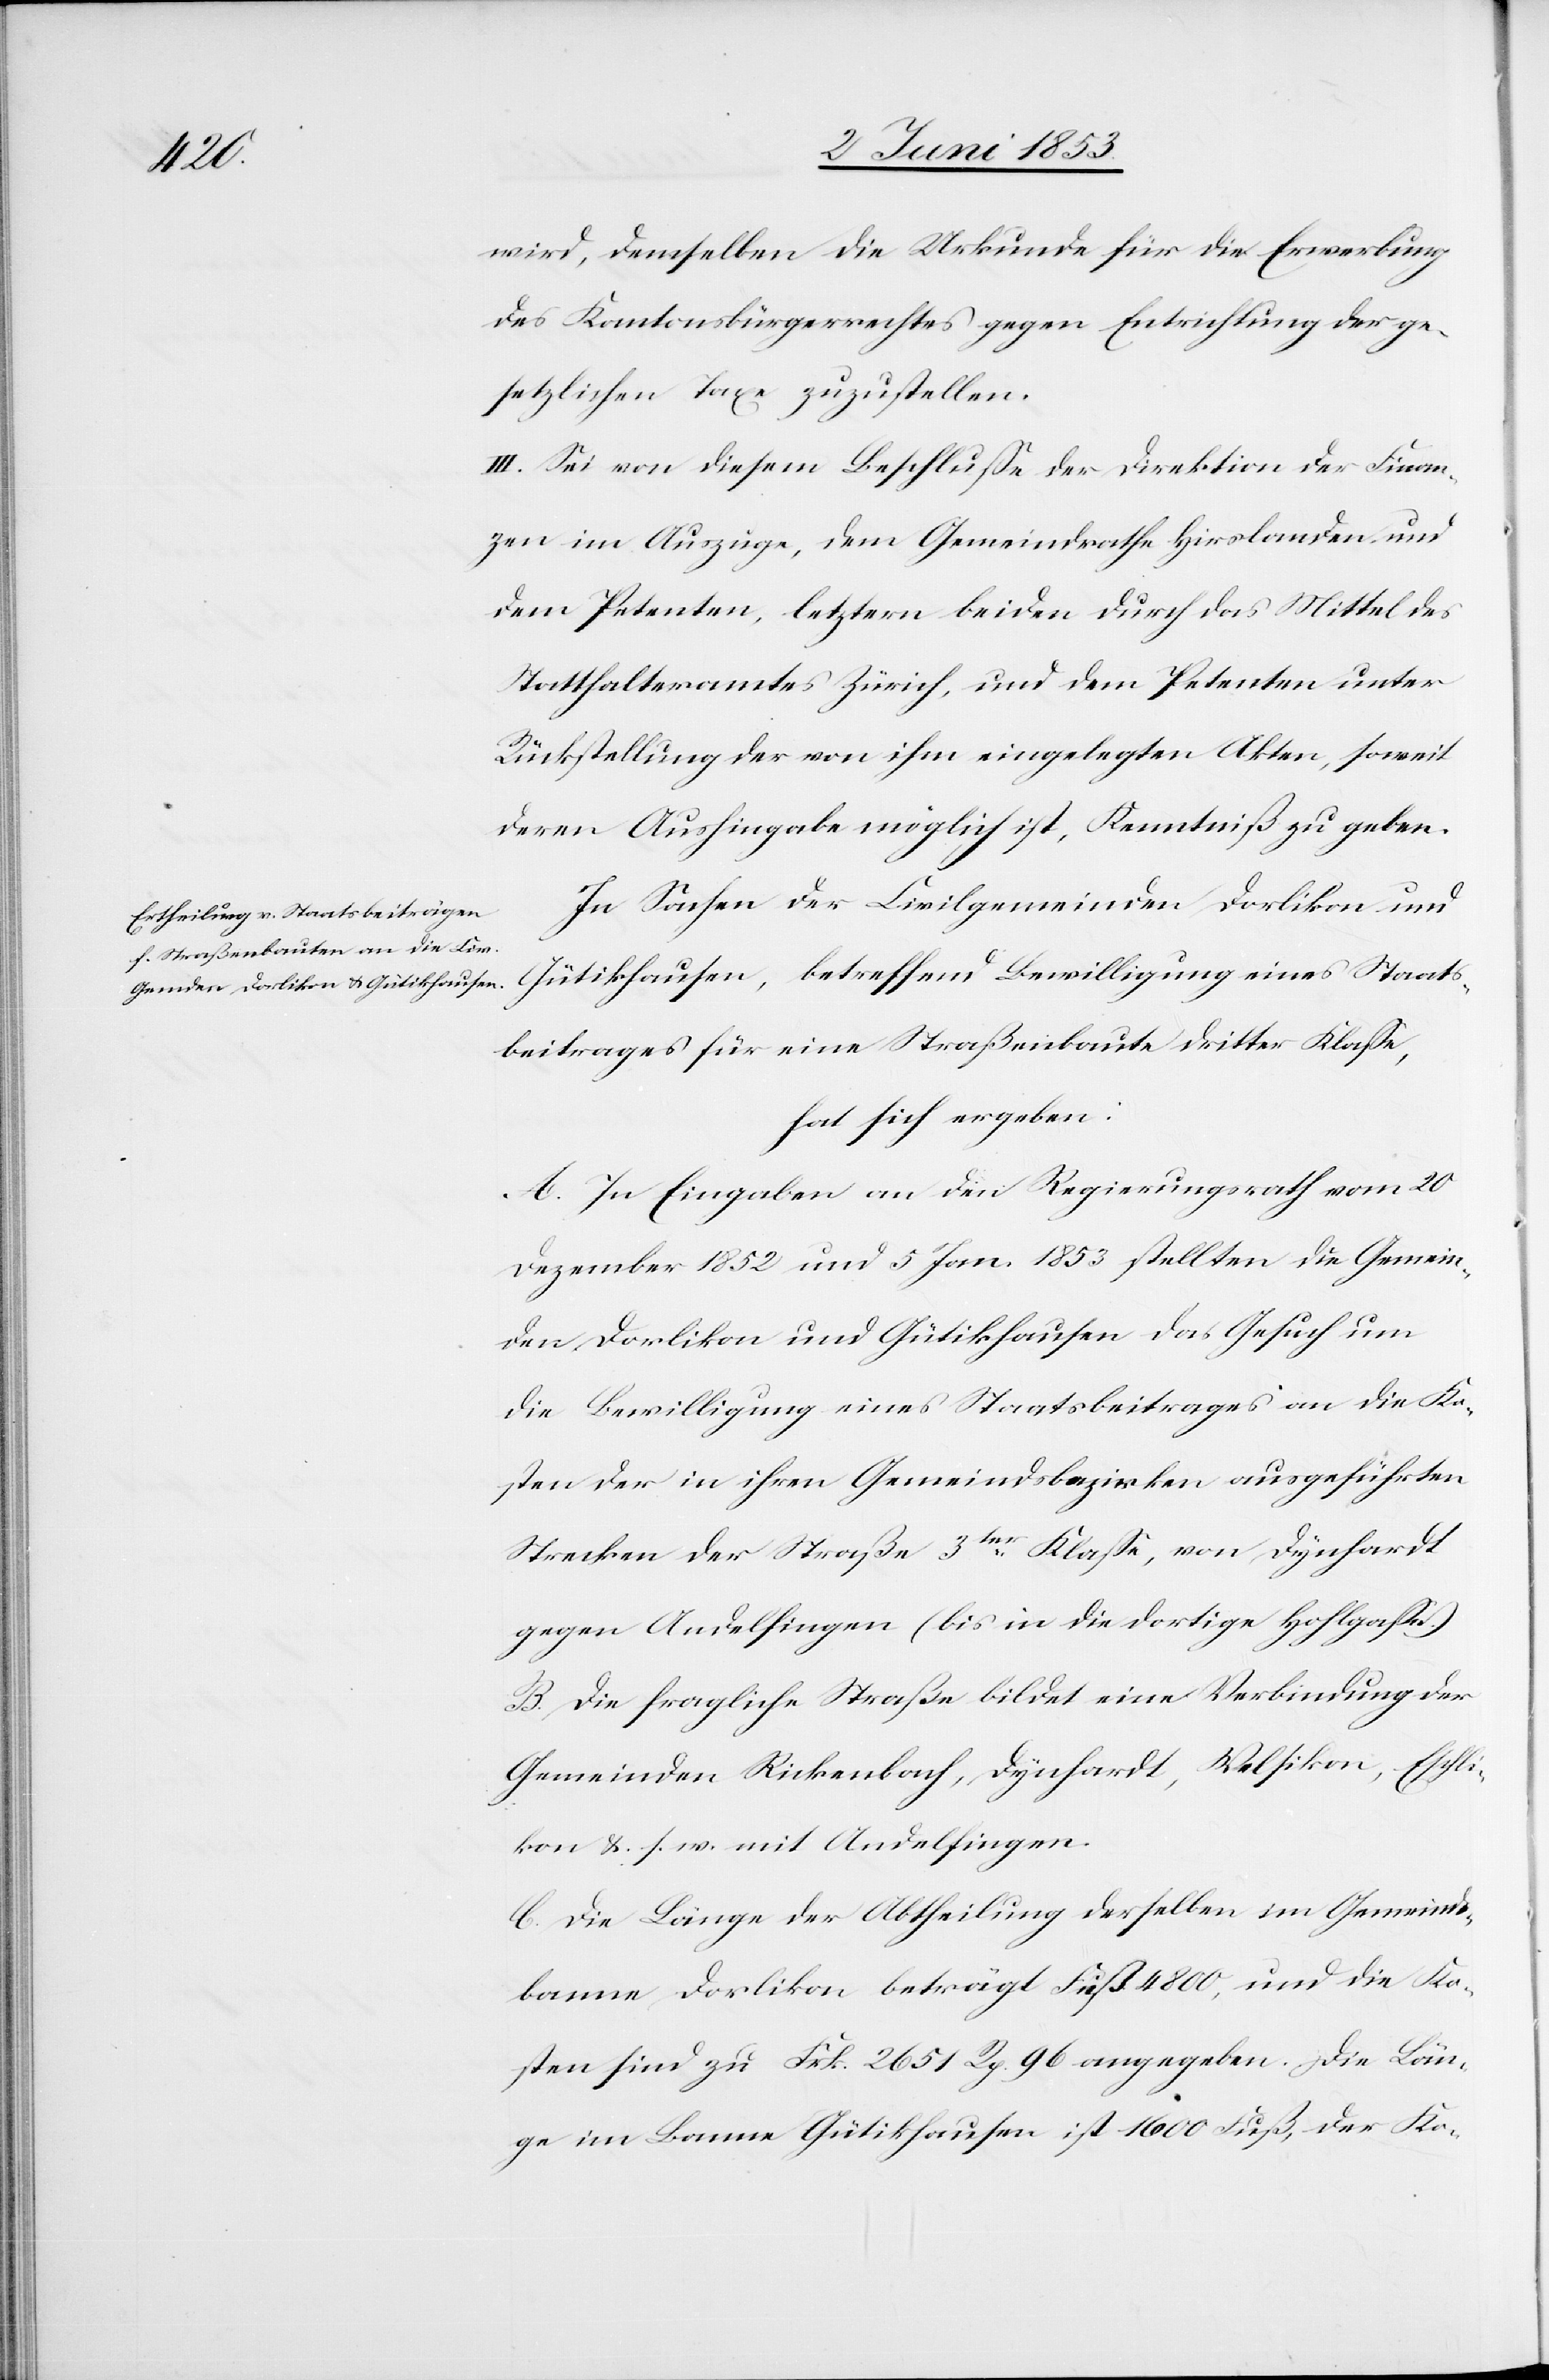
wird, demselben die Urkunde für die Erwerbung
des Kantonsbürgerrechtes gegen Entrichtung der ge¬
setzlichen Taxe zuzustellen.
III. Sei von diesem Beschluße der Direktion der Finan¬
zen im Auszuge, dem Gemeindrathe Hirslanden und
dem Petenten, letztern beiden durch das Mittel des
Statthalteramtes Zürich, und dem Petenten unter
Rückstellung der von ihm eingelegten Akten, soweit
deren Aushingabe möglich ist, Kenntniß zu geben.
In Sachen der Civilgemeinden Dorlikon und
Gütikhausen, betreffend Bewilligung eines Staats¬
beitrages für eine Straßenbaute dritter Klaße,
hat sich ergeben:
A. In Eingaben an den Regierungsrath vom 20
Dezember 1852 und 5 Jan. 1853 stellten die Gemein¬
den Dorlikon und Gütikhausen das Gesuch um
die Bewilligung eines Staatsbeitrages an die Ko¬
sten der in ihren Gemeindsbezirken ausgeführten
Strecken der Straße 3ter. Klaße, von Dynhardt
gegen Andelfingen (bis in die dortige Hohlgaße)
B. Die fragliche Straße bildet eine Verbindung der
Gemeinden Rickenbach, Dynhardt, Welsikon, Eschli¬
kon, u. s. w. mit Andelfingen.
C. Die Länge der Abtheilung derselben im Gemeinds¬
banne Dorlikon beträgt Fuß 4800, und die Ko¬
sten sind zu Frk. 2651 Rp. 96 angegeben. Die Län¬
ge im Banne Gütikhausen ist 1600 Fuß, der Ko-